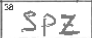
Transcription: SPZ